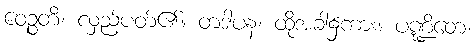
ဝေဉ္စတိ၊ လှည့်ပတ်၏။ တဒါပန၊ ထိုအခါ၌ကား။ ပဏ္ဍိတေ၊